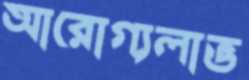
আরোগ্যলাভ